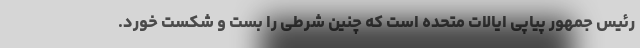
رئیس جمهور پیاپی ایالات متحده است که چنین شرطی را بست و شکست خورد.